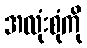
အလုံးစုံကို